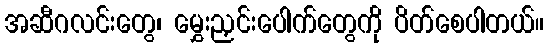
အဆီဂလင်းတွေ၊ မွှေးညှင်းပေါက်တွေကို ပိတ်စေပါတယ်။